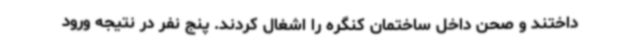
داختند و صحن داخل ساختمان کنگره را اشغال کردند. پنج نفر در نتیجه ورود